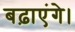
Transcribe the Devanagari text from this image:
बढ़ाएंगे।